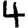
Digit: 4